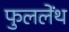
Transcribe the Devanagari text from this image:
फुललेंथ